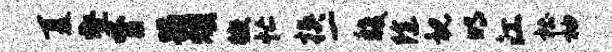
夏壑膂蹋燠徽忙挟一馥除视明江杜袖